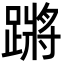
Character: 蹡